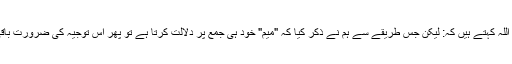
ابن قیم رحمہ اللہ کہتے ہیں کہ: لیکن جس طریقے سے ہم نے ذکر کیا کہ "میم" خود ہی جمع پر دلالت کرتا ہے تو پھر اس توجیہ کی ضرورت باقی نہیں رہتی۔